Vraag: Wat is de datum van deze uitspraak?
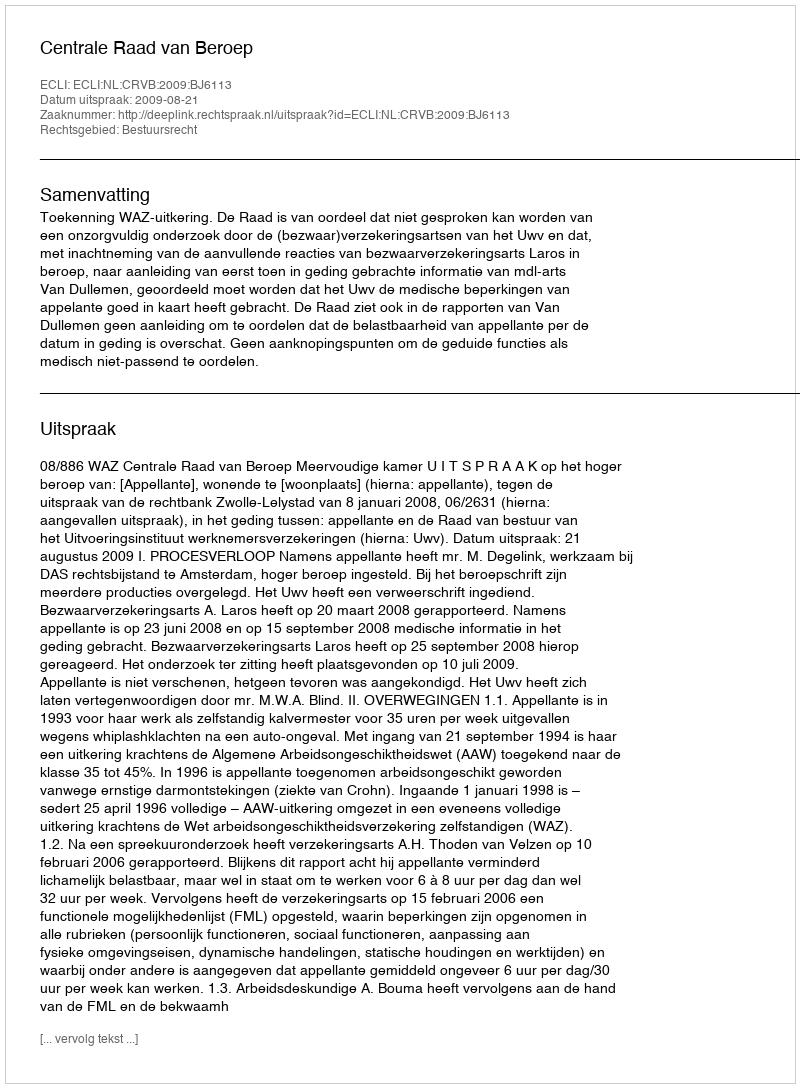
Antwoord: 2009-08-21